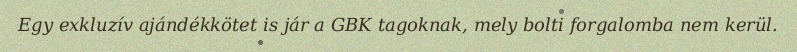
Egy exkluzív ajándékkötet is jár a GBK tagoknak, mely bolti forgalomba nem kerül.